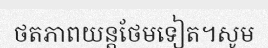
ថតភាពយន្តថែមទៀត។សូម